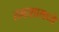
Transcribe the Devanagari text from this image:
तमाशामध्ये